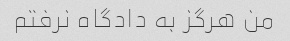
من هرگز به دادگاه نرفتم